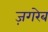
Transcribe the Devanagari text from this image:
ज़गरेब